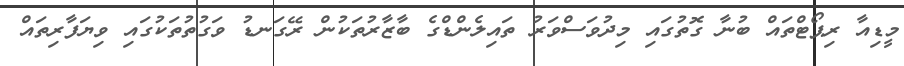
މީޑިއާ ރިޕޯޓްތައް ބުނާ ގޮތުގައި މިދުވަސްވަރު ތައިލެންޑްގެ ބާޒާރުތަކުން ރޭގަނޑު ވަގުތުތަކުގައި ވިޔަފާރިތައް